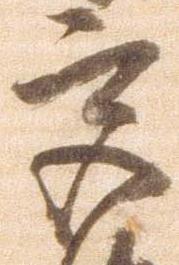
宮